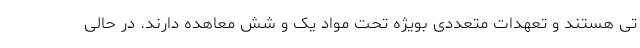
تی هستند و تعهدات متعددی بویژه تحت مواد یک و شش معاهده دارند. در حالی